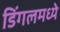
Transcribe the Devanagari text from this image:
डिंगलमध्ये